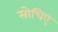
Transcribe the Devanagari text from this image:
सोचिए